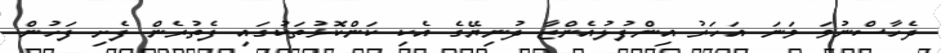
ދެހާސްނުވަ ވަނަ އަހަރު އިންފުލުއެންޒާ ދުނިޔޭގެ އެކި ކަންކޮޅުތަކުގައި ފެތުރެން ފެށި ފަހުން